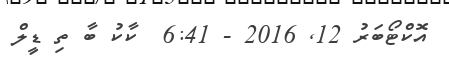
އޮކްޓޯބަރު 12